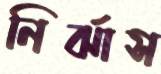
নির্ঝাস